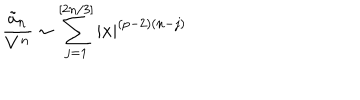
\frac { \tilde { a } _ { n } } { V ^ { n } } \sim \sum _ { j = 1 } ^ { [ 2 n / 3 ] } | x | ^ { ( p - 2 ) ( n - j ) }